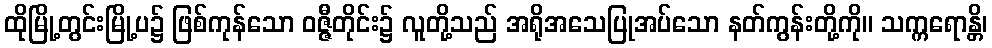
ထိုမြို့တွင်းမြို့ပ၌ ဖြစ်ကုန်သော ဝဇ္ဇီတိုင်း၌ လူတို့သည် အရိုအသေပြုအပ်သော နတ်ကွန်းတို့ကို။ သက္ကရောန္တိ၊